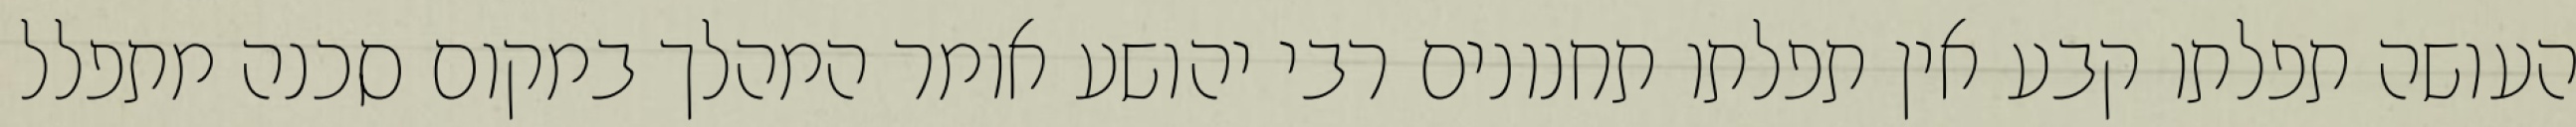
העושה תפלתו קבע אין תפלתו תחנונים רבי יהושע אומר המהלך במקום סכנה מתפלל